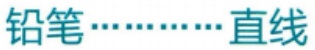
铅笔\cdots\cdots直线